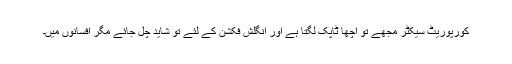
کورپوریٹ سیکٹر مجھے تو اچھا ٹاپک لگتا ہے اور انگلش فکشن کے لئے تو شاید چل جائے مگر افسانوں میں۔